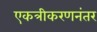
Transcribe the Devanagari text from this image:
एकत्रीकरणनंतर